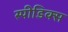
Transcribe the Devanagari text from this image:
स्पीडिक्स